Lunatic asylums Madras 1877-1891 - 1877-1891
Year: 1877
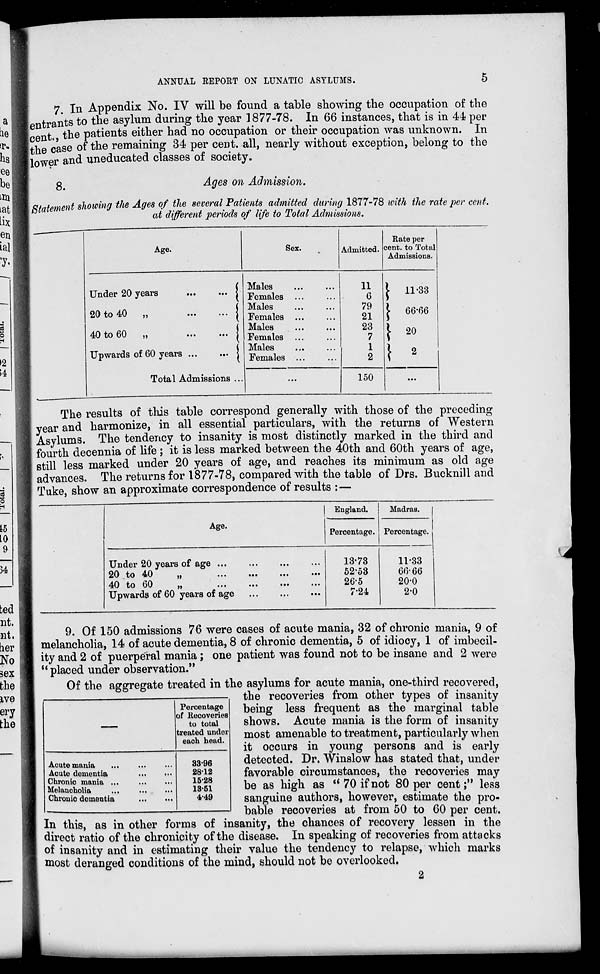
ANNUAL REPORT ON LUNATIC ASYLUMS.
5
7. In Appendix No. IV will be found a table showing the occupation of the
entrants to the asylum during the year 1877-78. In 66 instances, that is in 44 per
cent., the patients either had no occupation or their occupation was unknown. In
the case of the remaining 34 per cent. all, nearly without exception, belong to the
lower and uneducated classes of society.
8.
Ages on Admission.
Statement showing the Ages of the several Patients admitted during 1877-78 with the rate per cent.
at different periods of life to Total Admissions.
Age.
Under 20 years
...
...
20 to 40 „
...
...
40 to 60
„
...
...
Upwards of 60 years
...
...
Total Admissions ...
Sex.
Males... ...
Females... ...
Males... ...
Females... ...
Males... ...
Females... ...
Males ... ...
Females ... ...
...
Admitted.
11
6
79
21
23
7
1
2
150
Rate per cent. to Total
Admissions.
11.33
66.66
20
2
...
The results of this table correspond generally with those of the preceding
year and harmonize, in all essential particulars, with the returns of Western
Asylums. The tendency to insanity is most distinctly marked in the third and
fourth decennia of life; it is less marked between the 40th and 60th years of age,
still less marked under 20 years of age, and reaches its minimum as old age
advances. The returns for 1877-78, compared with the table of Drs. Bucknill and
Tuke, show an approximate correspondence of results :—
Age.
Under 20 years of age ... ... ... ...
20 to 40 „ ... ... ... ...
40 to 60
„
...
...
... ...
Upwards of 60 years of age
...
...
...
England.
Percentage.
13.73
52.53
26.5
7.24
Madras.
Percentage.
11.33
66.66
20.0
2.0
9. Of 150 admissions 76 were cases of acute mania, 32 of chronic mania, 9 of
melancholia, 14 of acute dementia, 8 of chronic dementia, 5 of idiocy, 1 of imbecil-
ity and 2 of puerperal mania; one patient was found not to be insane and 2 were
" placed under observation."
—
Acute mania ... ... ...
Acute dementia
...
...
Chronic mania ... ... ...
Melancholia
...
...
...
Chronic dementia ... ...
Percentage
of Recoveries
to total
treated under
each head.
33.96
28.12
15.28
13.51
4.49
Of the aggregate treated in the asylums for acute mania, one-third recovered,
the recoveries from other types of insanity
being less frequent as the marginal table
shows. Acute mania is the form of insanity
most amenable to treatment, particularly when
it occurs in young persons and is early
detected. Dr. Winslow has stated that, under
favorable circumstances, the recoveries may
be as high as " 70 if not 80 per cent;" less
sanguine authors, however, estimate the pro-
bable recoveries at from 50 to 60 per cent.
In this, as in other forms of insanity, the chances of recovery lessen in the
direct ratio of the chronicity of the disease. In speaking of recoveries from attacks
of insanity and in estimating their value the tendency to relapse, which marks
most deranged conditions of the mind, should not be overlooked.
2